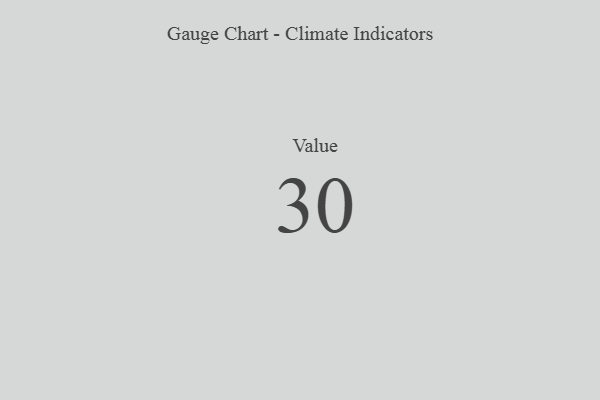
{"axis": {"x": "Metric", "y": "Value"}, "legend": [""], "data": [{"x": "Value", "y": 30, "type": ""}]}